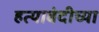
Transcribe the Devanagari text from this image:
हत्याबंदीच्या